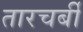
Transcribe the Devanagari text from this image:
तारचर्बी